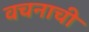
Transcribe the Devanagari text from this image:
वचनाची